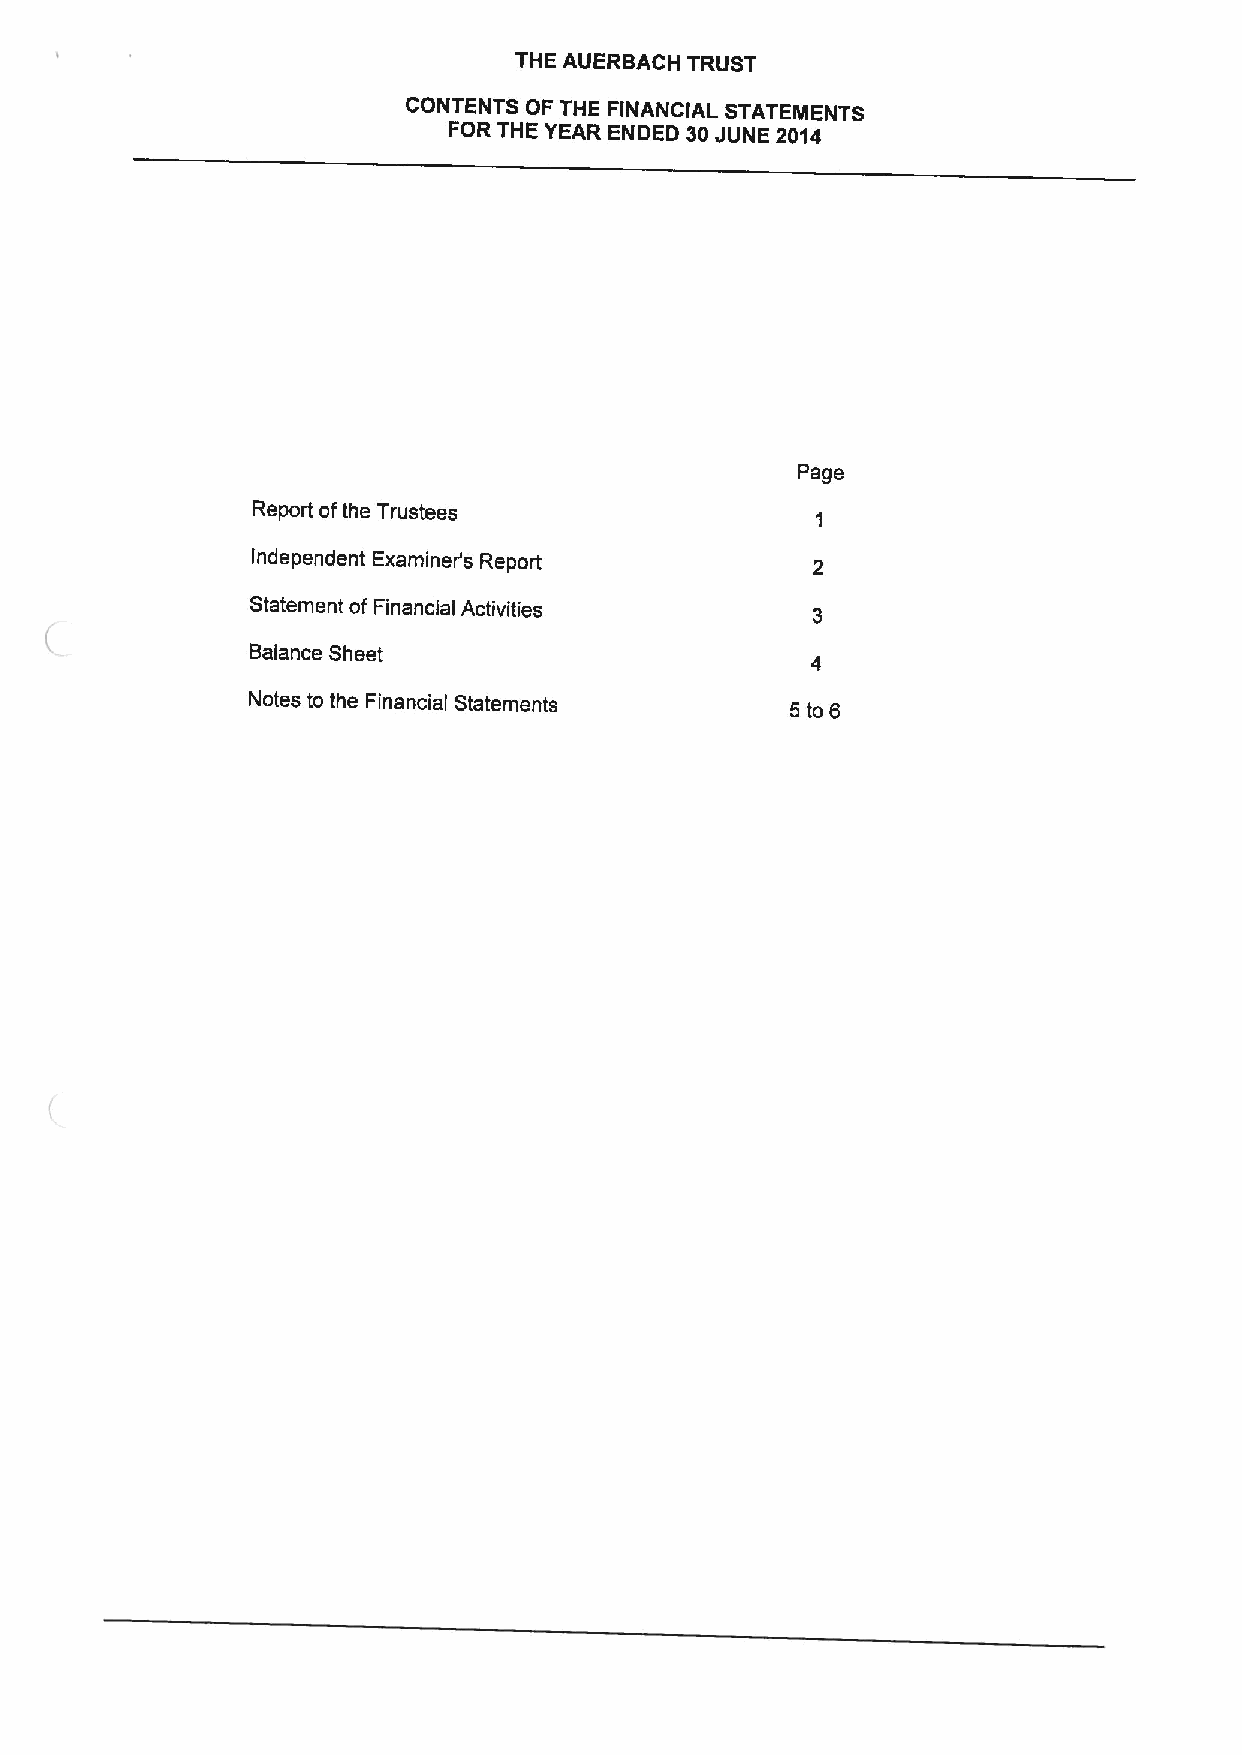
THE AUERBACH TRUST
 CONTENTS OF THE FINANCIAL STATEMENTS
 FOR THE YEAR ENDED 30JUNE 2014
 Page
 Report ofthe Trustees
 Independent Examiner's Report
 Statement of Financial Activities
 Balance Sheet
 Notes to the Financial Statements   5to6